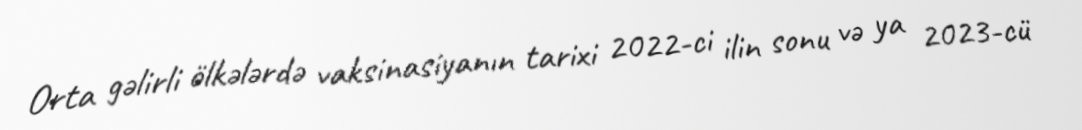
Orta gəlirli ölkələrdə vaksinasiyanın tarixi 2022-ci ilin sonu və ya 2023-cü